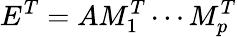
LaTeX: E^{T}=AM_{1}^{T}\cdots M_{p}^{T}